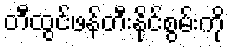
တီထွင်ဖန်တီးနိုင်စွမ်းကို